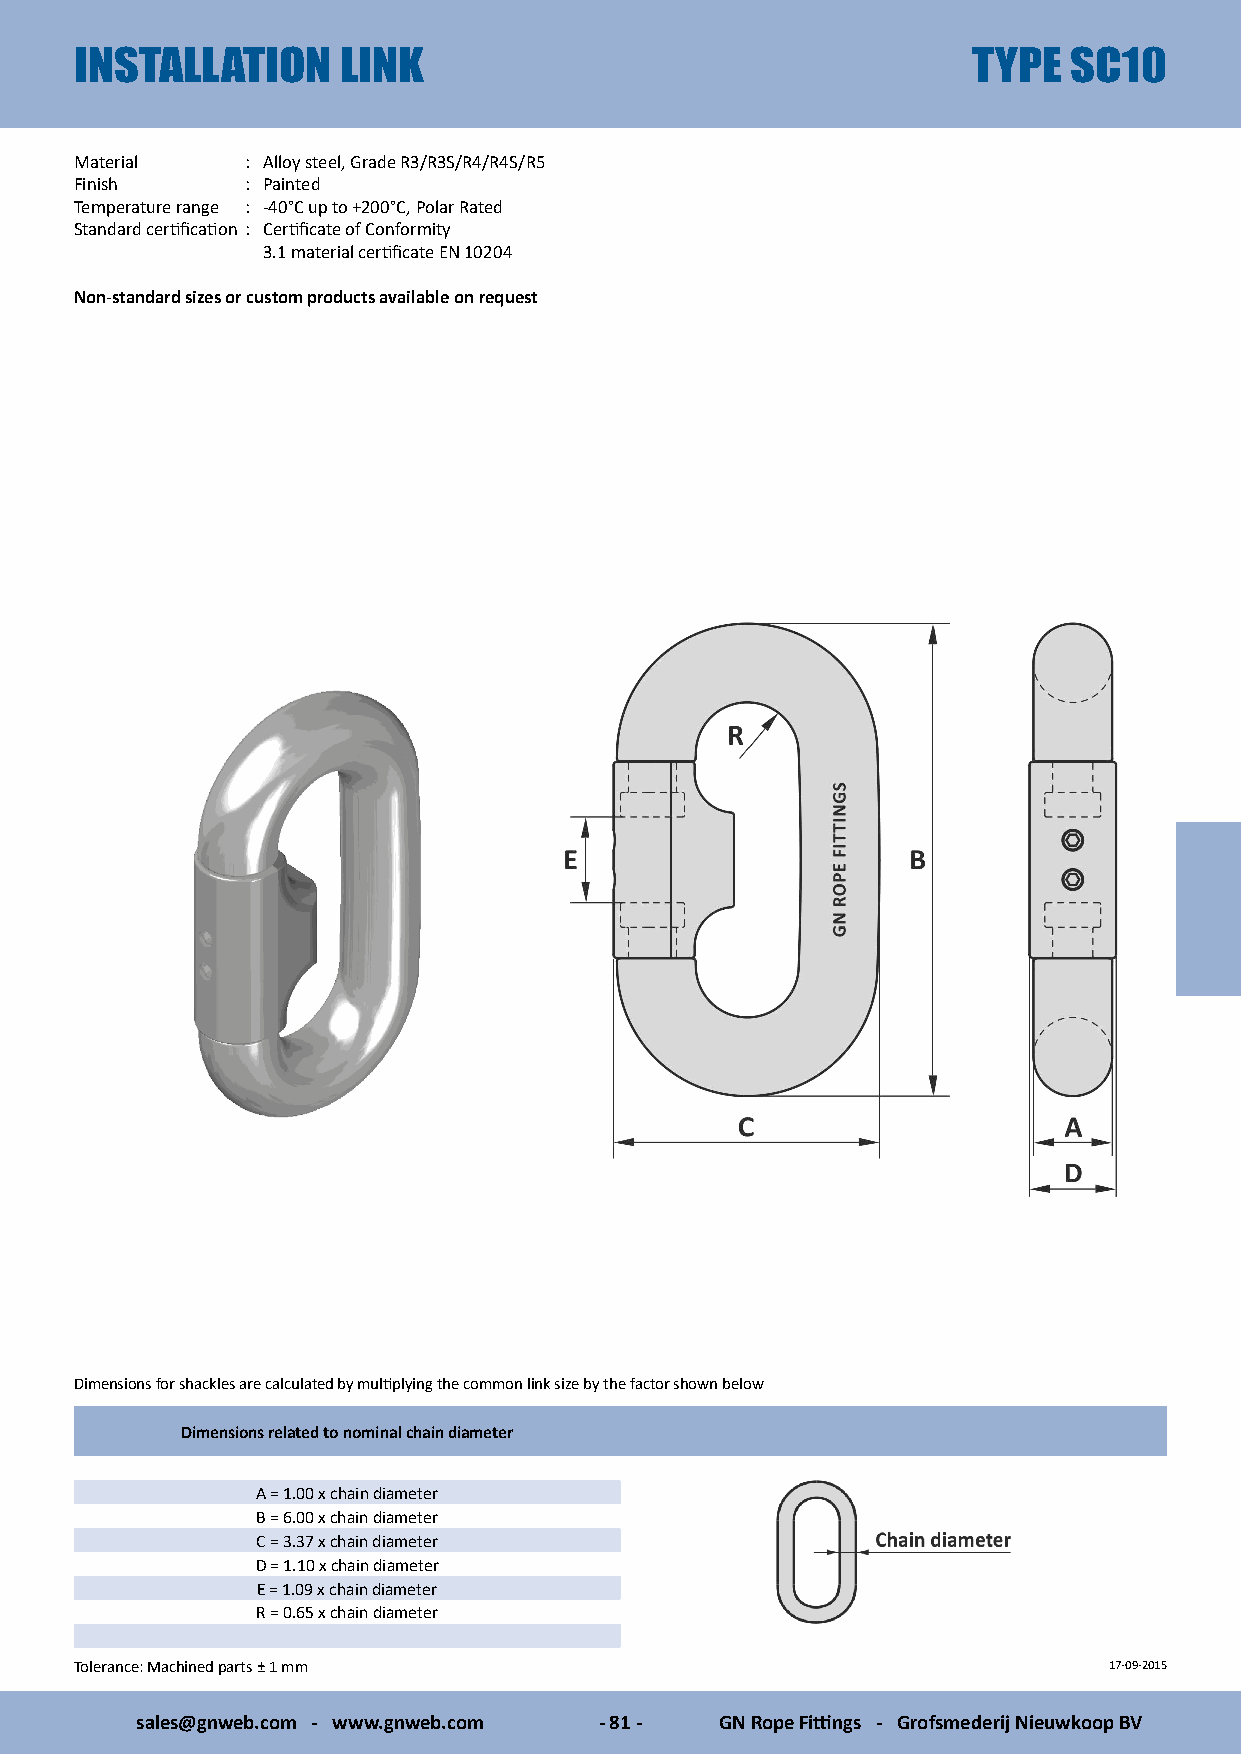
INSTALLATION     LINK                                      TYPE   SC10
 Material   : Alloy steel, Grade R3/R3S/R4/R4S/R5
 Finish     : Painted
 Temperature range : -40°C up to +200°C, Polar Rated
 Standard certification : Certificate of Conformity
 3.1 material certificate EN 10204
 Non-standard sizes or custom products available on request
 Dimensions for shackles are calculated by multiplying the common link size by the factor shown below
 Dimensions related to nominal chain diameter
 A = 1.00 x chain diameter
 B = 6.00 x chain diameter
 C = 3.37 x chain diameter
 D = 1.10 x chain diameter
 E = 1.09 x chain diameter
 R = 0.65 x chain diameter
 Tolerance: Machined parts ± 1 mm                                    17-09-2015
 sales@gnweb.com - www.gnweb.com - 81 - GN Rope Fittings - Grofsmederij Nieuwkoop BV